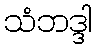
သံဘဒ္ဒါ